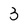
Character: 3